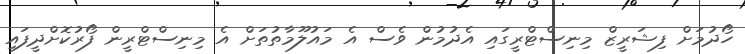
ހޯދުމަށް ފިޝަރީޒް މިނިސްޓްރީގައި އެދުމުން ވެސް އެ މައުލޫމާތުތަށް އެ މިނިސްޓްރީން ފޯރުކޮށްދީފައި